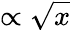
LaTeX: \propto\sqrt{x}